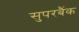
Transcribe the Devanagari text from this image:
सुपरबैंक